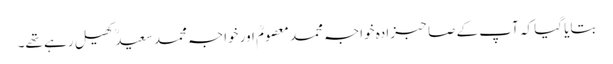
بتایا گیا کہ آپ کے صاحبزادہ خواجہ محمد معصومؒ اور خواجہ محمد سعیدؒ کھیل رہے تھے۔